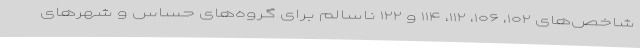
شاخص‌های ۱۰۲، ۱۰۶، ۱۱۲، ۱۱۴ و ۱۲۲ ناسالم برای گروه‌های حساس و شهرهای